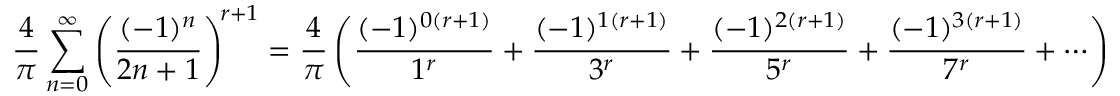
{ \frac { 4 } { \pi } } \sum _ { n = 0 } ^ { \infty } \left( { \frac { ( - 1 ) ^ { n } } { 2 n + 1 } } \right) ^ { \! r + 1 } = { \frac { 4 } { \pi } } \left( { \frac { ( - 1 ) ^ { 0 ( r + 1 ) } } { 1 ^ { r } } } + { \frac { ( - 1 ) ^ { 1 ( r + 1 ) } } { 3 ^ { r } } } + { \frac { ( - 1 ) ^ { 2 ( r + 1 ) } } { 5 ^ { r } } } + { \frac { ( - 1 ) ^ { 3 ( r + 1 ) } } { 7 ^ { r } } } + \cdots \right)